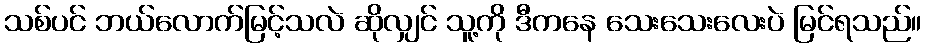
သစ်ပင် ဘယ်လောက်မြင့်သလဲ ဆိုလျှင် သူ့ကို ဒီကနေ သေးသေးလေးပဲ မြင်ရသည်။